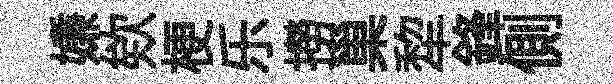
嫌欸梗乐撈巢犂鋒側